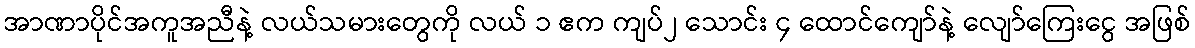
အာဏာပိုင်အကူအညီနဲ့ လယ်သမားတွေကို လယ် ၁ ဧက ကျပ်၂ သောင်း ၄ ထောင်ကျော်နဲ့ လျော်ကြေးငွေ အဖြစ်